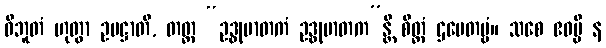
ဝိဘူတံ ဟုတွာ ဥပဋ္ဌာတိ, တတ္ထ “ဥဒ္ဓုမာတကံ ဥဒ္ဓုမာတက”န္တိ စိတ္တံ ဌပေတဗ္ဗံ။ သစေ ဧဝမ္ပိ န